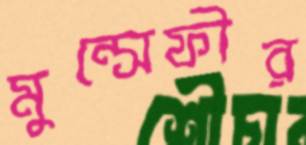
মুন্সেফীর